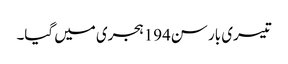
تیسری بار سن194ہجری میں گیا۔